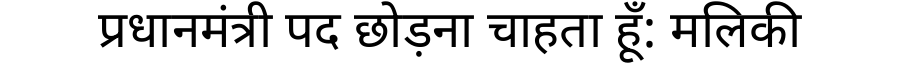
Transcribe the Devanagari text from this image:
प्रधानमंत्री पद छोड़ना चाहता हूँ: मलिकी